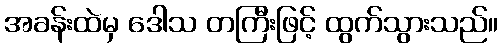
အခန်းထဲမှ ဒေါသ တကြီးဖြင့် ထွက်သွားသည်။